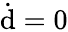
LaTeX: \dot{\mathrm{d}}=0